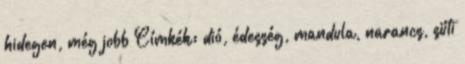
hidegen, még jobb Címkék: dió, édesség, mandula, narancs, süti